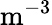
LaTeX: \mathrm{m^{-3}}